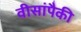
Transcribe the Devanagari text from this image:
वीसांपैकी